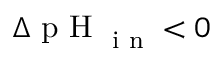
\Delta \textrm { p H } _ { \textrm { i n } } < 0